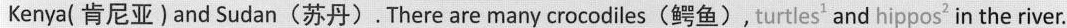
Kenya( 肯尼亚)and Sudan(苏丹).There are many crocodiles(鳄鱼), turtles' and hippos' in the river.